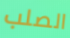
الصلب